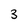
Character: 3